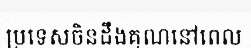
ប្រទេសចិនដឹងគុណនៅពេល